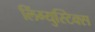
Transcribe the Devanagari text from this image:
लिंग्युस्टिक्स